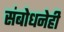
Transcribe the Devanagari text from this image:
संबोधनेही